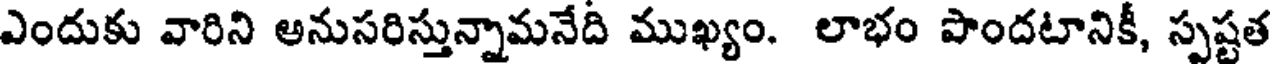
ఎందుకు వారిని అనుసరిస్తున్నామనేది ముఖ్యం. లాభం పొందటానికీ, స్పష్టత